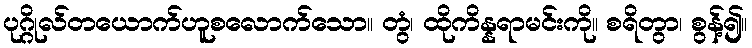
ပုဂ္ဂိုလ်တယောက်ဟူစလောက်သော။ တွံ၊ ထိုကိန္နရာမင်းကို။ စရိတွာ၊ စွန့်၍။